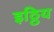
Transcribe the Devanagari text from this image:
इठ्ठिय